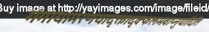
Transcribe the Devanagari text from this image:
गंगायांमरणंयादृक्तादृक्फलमवाप्नुयादिति